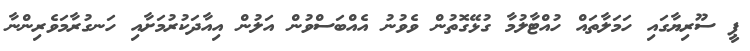
ޕީ ސޫރިޔާގައި ހަމަލާތައް ހުއްޓާލުމާ ގުޅޭގޮތުން ވެވުނު އެއްބަސްވުން އަލުން އިއާދަކުރުމަށާއި ހަނގުރާމަވެރިންނާ